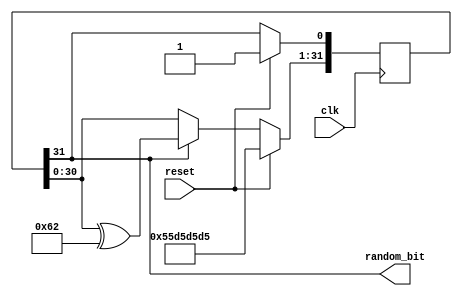
module noise_generator(clk,reset,random_bit);

	parameter SEED = 32'b10101011101010111010101110101011;// LFSR starting state
	parameter TAPS = 31'b0000000000000000000000001100010;// LFSR feedback taps

	input clk;
	input reset;
	output random_bit;
	
	reg [31:0] shift_register;
	initial shift_register = SEED;

	always @(posedge clk)
	begin

		if(!reset)
		begin
			// feedback 1,5,6
			if(shift_register[31])
				shift_register[31:1] <= shift_register[30:0]^TAPS;
			else
				shift_register[31:1] <= shift_register[30:0];

			// feedback 31
			shift_register[0] <= shift_register[31];
		end
		else
		begin
			// reset seed
			shift_register <= SEED;
		end
		
	end	

	// clock out random bits from the end of the register
	assign random_bit = shift_register[31];

endmodule